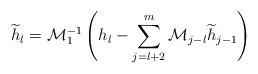
LaTeX: \begin{align*}\widetilde{h}_{l}=\mathcal{M}_{1}^{-1}\left(h_{l}-\sum_{j=l+2}^{m}\mathcal{M}_{j-l}\widetilde{h}_{j-1}\right)\end{align*}